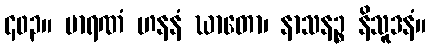
၄၀၃။ မာရဏံ ဟနနံ ဃာတော၊ နာသနဉ္စ နိသူဒနံ။